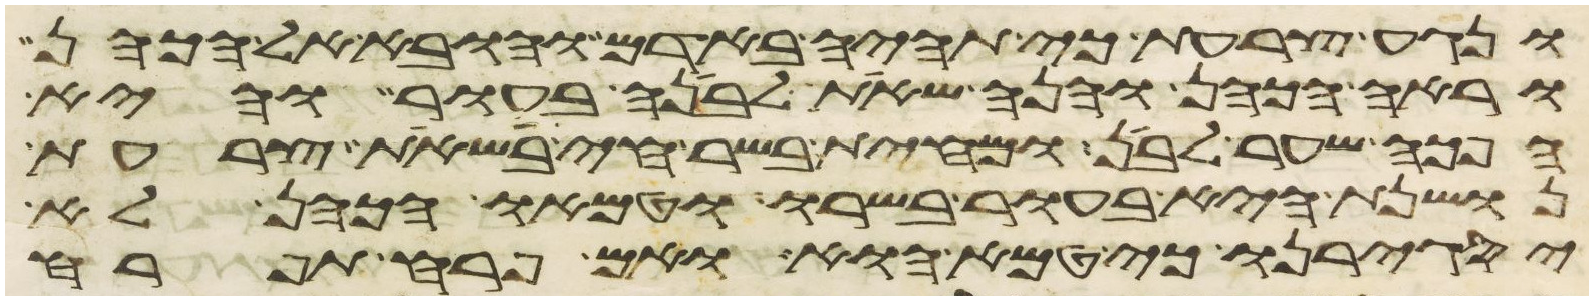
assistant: ונגע צרעת כי תהיה באדם והובא אל הכהן
וראה הכהן והנה שאת לבנה בעור והיא
הפך שער לבן ומחית בשר חי בשאת צרעת
נושנת היא בעור בשרו וטמאו הכהן לא
יסגירנו כי טמא הוא ואם פרח תפרח